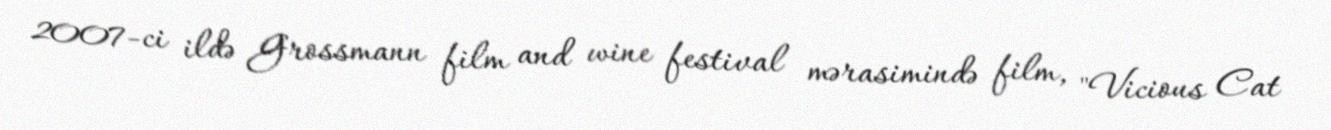
2007-ci ildə Grossmann film and wine festival mərasimində film, "Vicious Cat